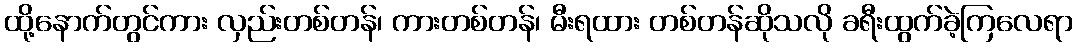
ထို့နောက်တွင်ကား လှည်းတစ်တန်၊ ကားတစ်တန်၊ မီးရထား တစ်တန်ဆိုသလို ခရီးထွက်ခဲ့ကြလေရာ